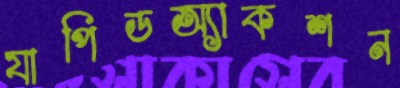
যাপিডঅ্যাকশন